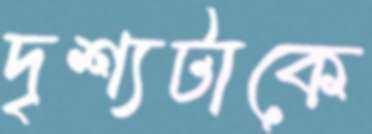
দৃশ্যটাকে